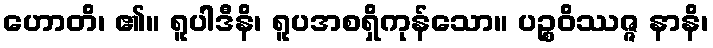
ဟောတိ၊ ၏။ ရူပါဒီနိ၊ ရူပအစရှိကုန်သော။ ပဉ္စဝိဿဇ္ဇ နာနိ၊